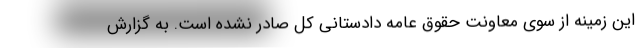
این زمینه از سوی معاونت حقوق عامه دادستانی کل صادر نشده است. به گزارش